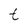
Character: t